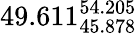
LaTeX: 49.611_{45.878}^{54.205}